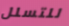
للتسلل